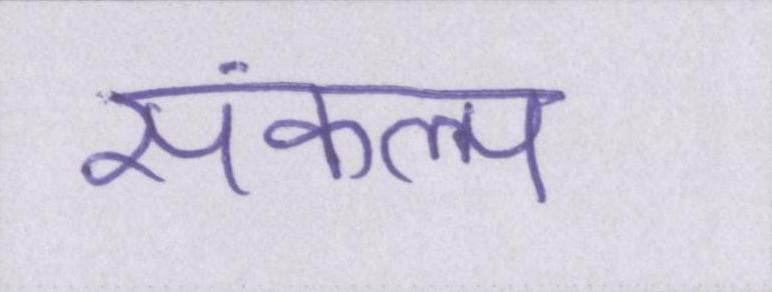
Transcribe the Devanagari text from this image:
संकल्प